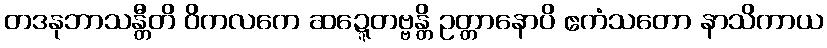
တဒနုဘာသန္တီတိ ဝိကလကေ ဆဍ္ဍေတဗ္ဗန္တိ ဥတ္တာနောပိ ဧကံသတော နာသိကာယ